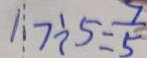
1 . 7 \div 5 = \frac { 7 } { 5 }